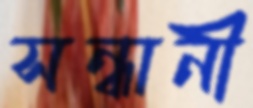
সন্ধানী